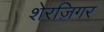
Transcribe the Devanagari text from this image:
शेरज़िगर